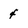
Character: 4